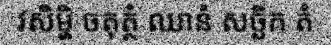
វសិម្ហិ ចតុត្ថំ ឈានំ សច្ឆិក តំ